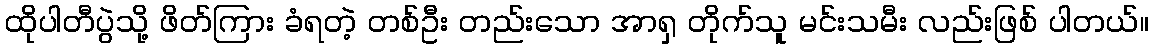
ထိုပါတီပွဲသို့ ဖိတ်ကြား ခံရတဲ့ တစ်ဦး တည်းသော အာရှ တိုက်သူ မင်းသမီး လည်းဖြစ် ပါတယ်။